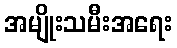
အမျိုးသမီးအရေး